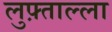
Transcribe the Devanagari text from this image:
लुफ़्ताल्ला